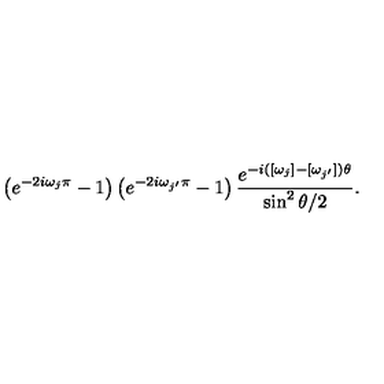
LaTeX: \left( e ^ { - 2 i \omega _ { j } \pi } - 1 \right) \left( e ^ { - 2 i \omega _ { j ^ { \prime } } \pi } - 1 \right) \frac { e ^ { - i ( [ \omega _ { j } ] - [ \omega _ { j ^ { \prime } } ] ) \theta } } { \sin ^ { 2 } \theta / 2 } .